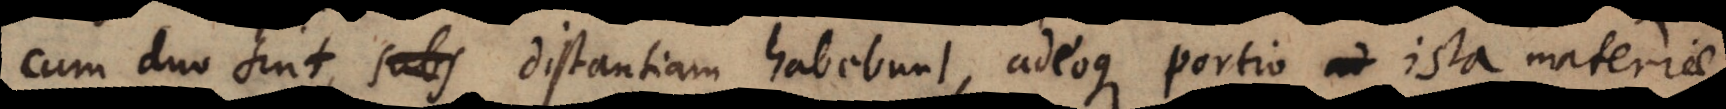
cum duo sint, subs distantiam habebunt, adeoque portio ista materiae